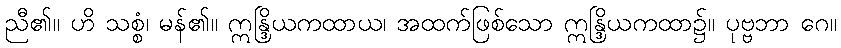
ညီ၏။ ဟိ သစ္စံ၊ မန်၏။ ဣန္ဒြိယကထာယ၊ အထက်ဖြစ်သော ဣန္ဒြိယကထာ၌။ ပုဗ္ဗဘာ ဂေ။